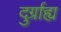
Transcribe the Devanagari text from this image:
दुर्ग्राह्य